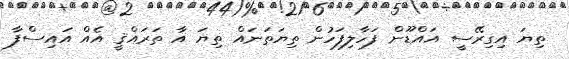
ތިޔަ އިގިރޭސީ އައްޑޫން ފަހާލިފަހުން ތިޔަތަނައް ތިޔަ އާ ތަރައްޤީ އެއް އައިސްފާ